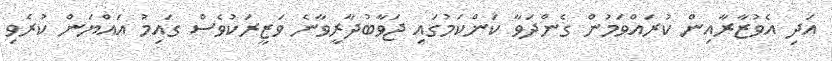
އަދި އެވުޒާރާއިން ކުރައްވަމުން ގެންދަވާ ކަންކަމުގައި ޖަވާބުދާރީވާނެ ވަޒީރަކުވެސް ގައިމު އައްޔަން ކުރެވި